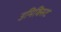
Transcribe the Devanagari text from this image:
उमिक्सिट